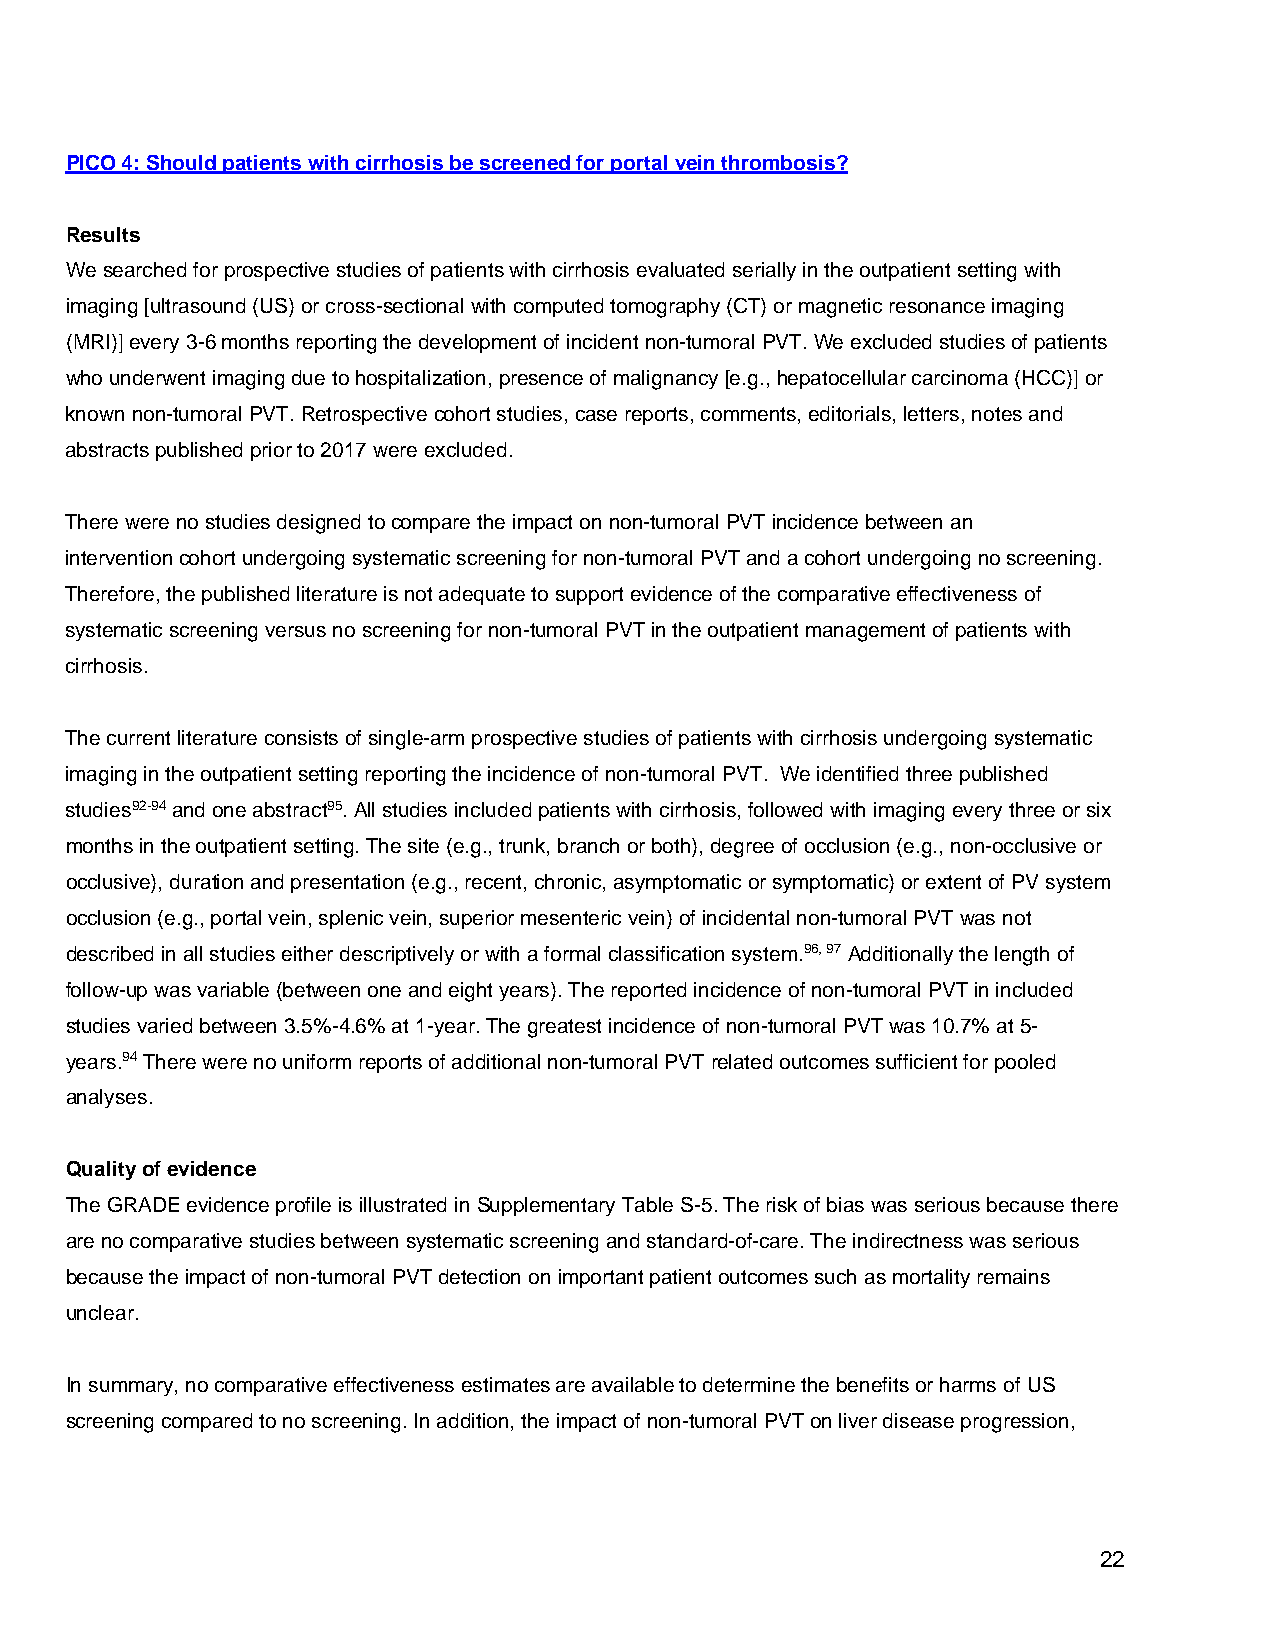
PICO 4: Should patients with cirrhosis be screened for portal vein thrombosis?
 Results
 We searched for prospective studies of patients with cirrhosis evaluated serially in the outpatient setting with
 imaging [ultrasound (US) or cross-sectional with computed tomography (CT) or magnetic resonance imaging
 (MRI)] every 3-6 months reporting the development of incident non-tumoral PVT. We excluded studies of patients
 who underwent imaging due to hospitalization, presence of malignancy [e.g., hepatocellular carcinoma (HCC)] or
 known non-tumoral PVT. Retrospective cohort studies, case reports, comments, editorials, letters, notes and
 abstracts published prior to 2017 were excluded.
 There were no studies designed to compare the impact on non-tumoral PVT incidence between an
 intervention cohort undergoing systematic screening for non-tumoral PVT and a cohort undergoing no screening.
 Therefore, the published literature is not adequate to support evidence of the comparative effectiveness of
 systematic screening versus no screening for non-tumoral PVT in the outpatient management of patients with
 cirrhosis.
 The current literature consists of single-arm prospective studies of patients with cirrhosis undergoing systematic
 imaging in the outpatient setting reporting the incidence of non-tumoral PVT. We identified three published
 studies92-94 and one abstract95. All studies included patients with cirrhosis, followed with imaging every three or six
 months in the outpatient setting. The site (e.g., trunk, branch or both), degree of occlusion (e.g., non-occlusive or
 occlusive), duration and presentation (e.g., recent, chronic, asymptomatic or symptomatic) or extent of PV system
 occlusion (e.g., portal vein, splenic vein, superior mesenteric vein) of incidental non-tumoral PVT was not
 described in all studies either descriptively or with a formal classification system.96, 97 Additionally the length of
 follow-up was variable (between one and eight years). The reported incidence of non-tumoral PVT in included
 studies varied between 3.5%-4.6% at 1-year. The greatest incidence of non-tumoral PVT was 10.7% at 5-
 years.94 There were no uniform reports of additional non-tumoral PVT related outcomes sufficient for pooled
 analyses.
 Quality of evidence
 The GRADE evidence profile is illustrated in Supplementary Table S-5. The risk of bias was serious because there
 are no comparative studies between systematic screening and standard-of-care. The indirectness was serious
 because the impact of non-tumoral PVT detection on important patient outcomes such as mortality remains
 unclear.
 In summary, no comparative effectiveness estimates are available to determine the benefits or harms of US
 screening compared to no screening. In addition, the impact of non-tumoral PVT on liver disease progression,
 22